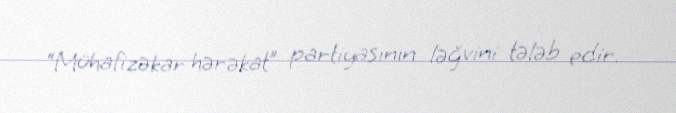
“Mühafizəkar hərəkat” partiyasının ləğvini tələb edir.